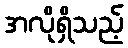
အလိုရှိသည့်